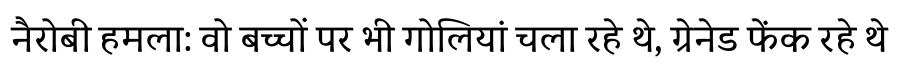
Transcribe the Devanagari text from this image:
नैरोबी हमला: वो बच्चों पर भी गोलियां चला रहे थे, ग्रेनेड फेंक रहे थे